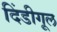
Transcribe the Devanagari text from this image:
दिंडीगूल